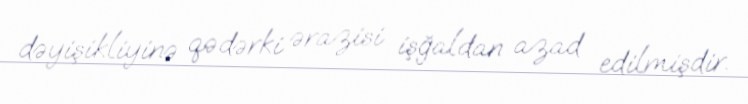
dəyişikliyinə qədərki ərazisi işğaldan azad edilmişdir.